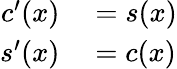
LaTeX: \begin{array}{rl}{c^{\prime}(x)}&{{}=s(x)}\\ {s^{\prime}(x)}&{{}=c(x)}\end{array}